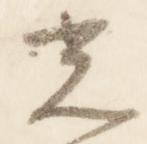
光